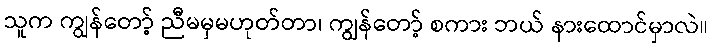
သူက ကျွန်တော့် ညီမမှမဟုတ်တာ၊ ကျွန်တော့် စကား ဘယ် နားထောင်မှာလဲ။